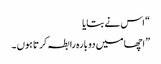
“ اس نے بتایا
” اچھا میں دو بارہ رابطہ کرتا ہوں ۔